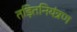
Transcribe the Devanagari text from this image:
तड़ितनियंत्रण